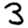
Digit: 3